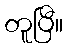
တူပြီ။